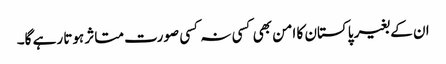
ان کے بغیر پاکستان کا امن بھی کسی نہ کسی صورت متاثر ہوتا رہے گا۔